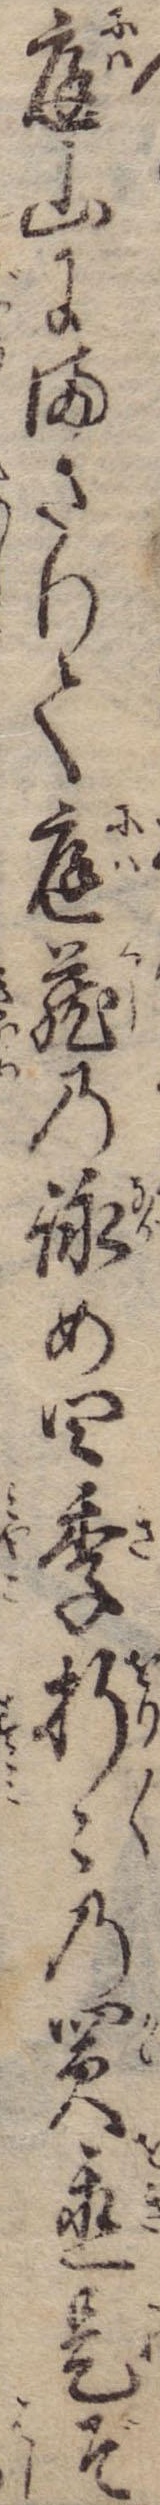
庭山にまさりて庭蔵の詠め四季折々の買置是ぞ